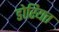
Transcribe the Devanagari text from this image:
डोरियत